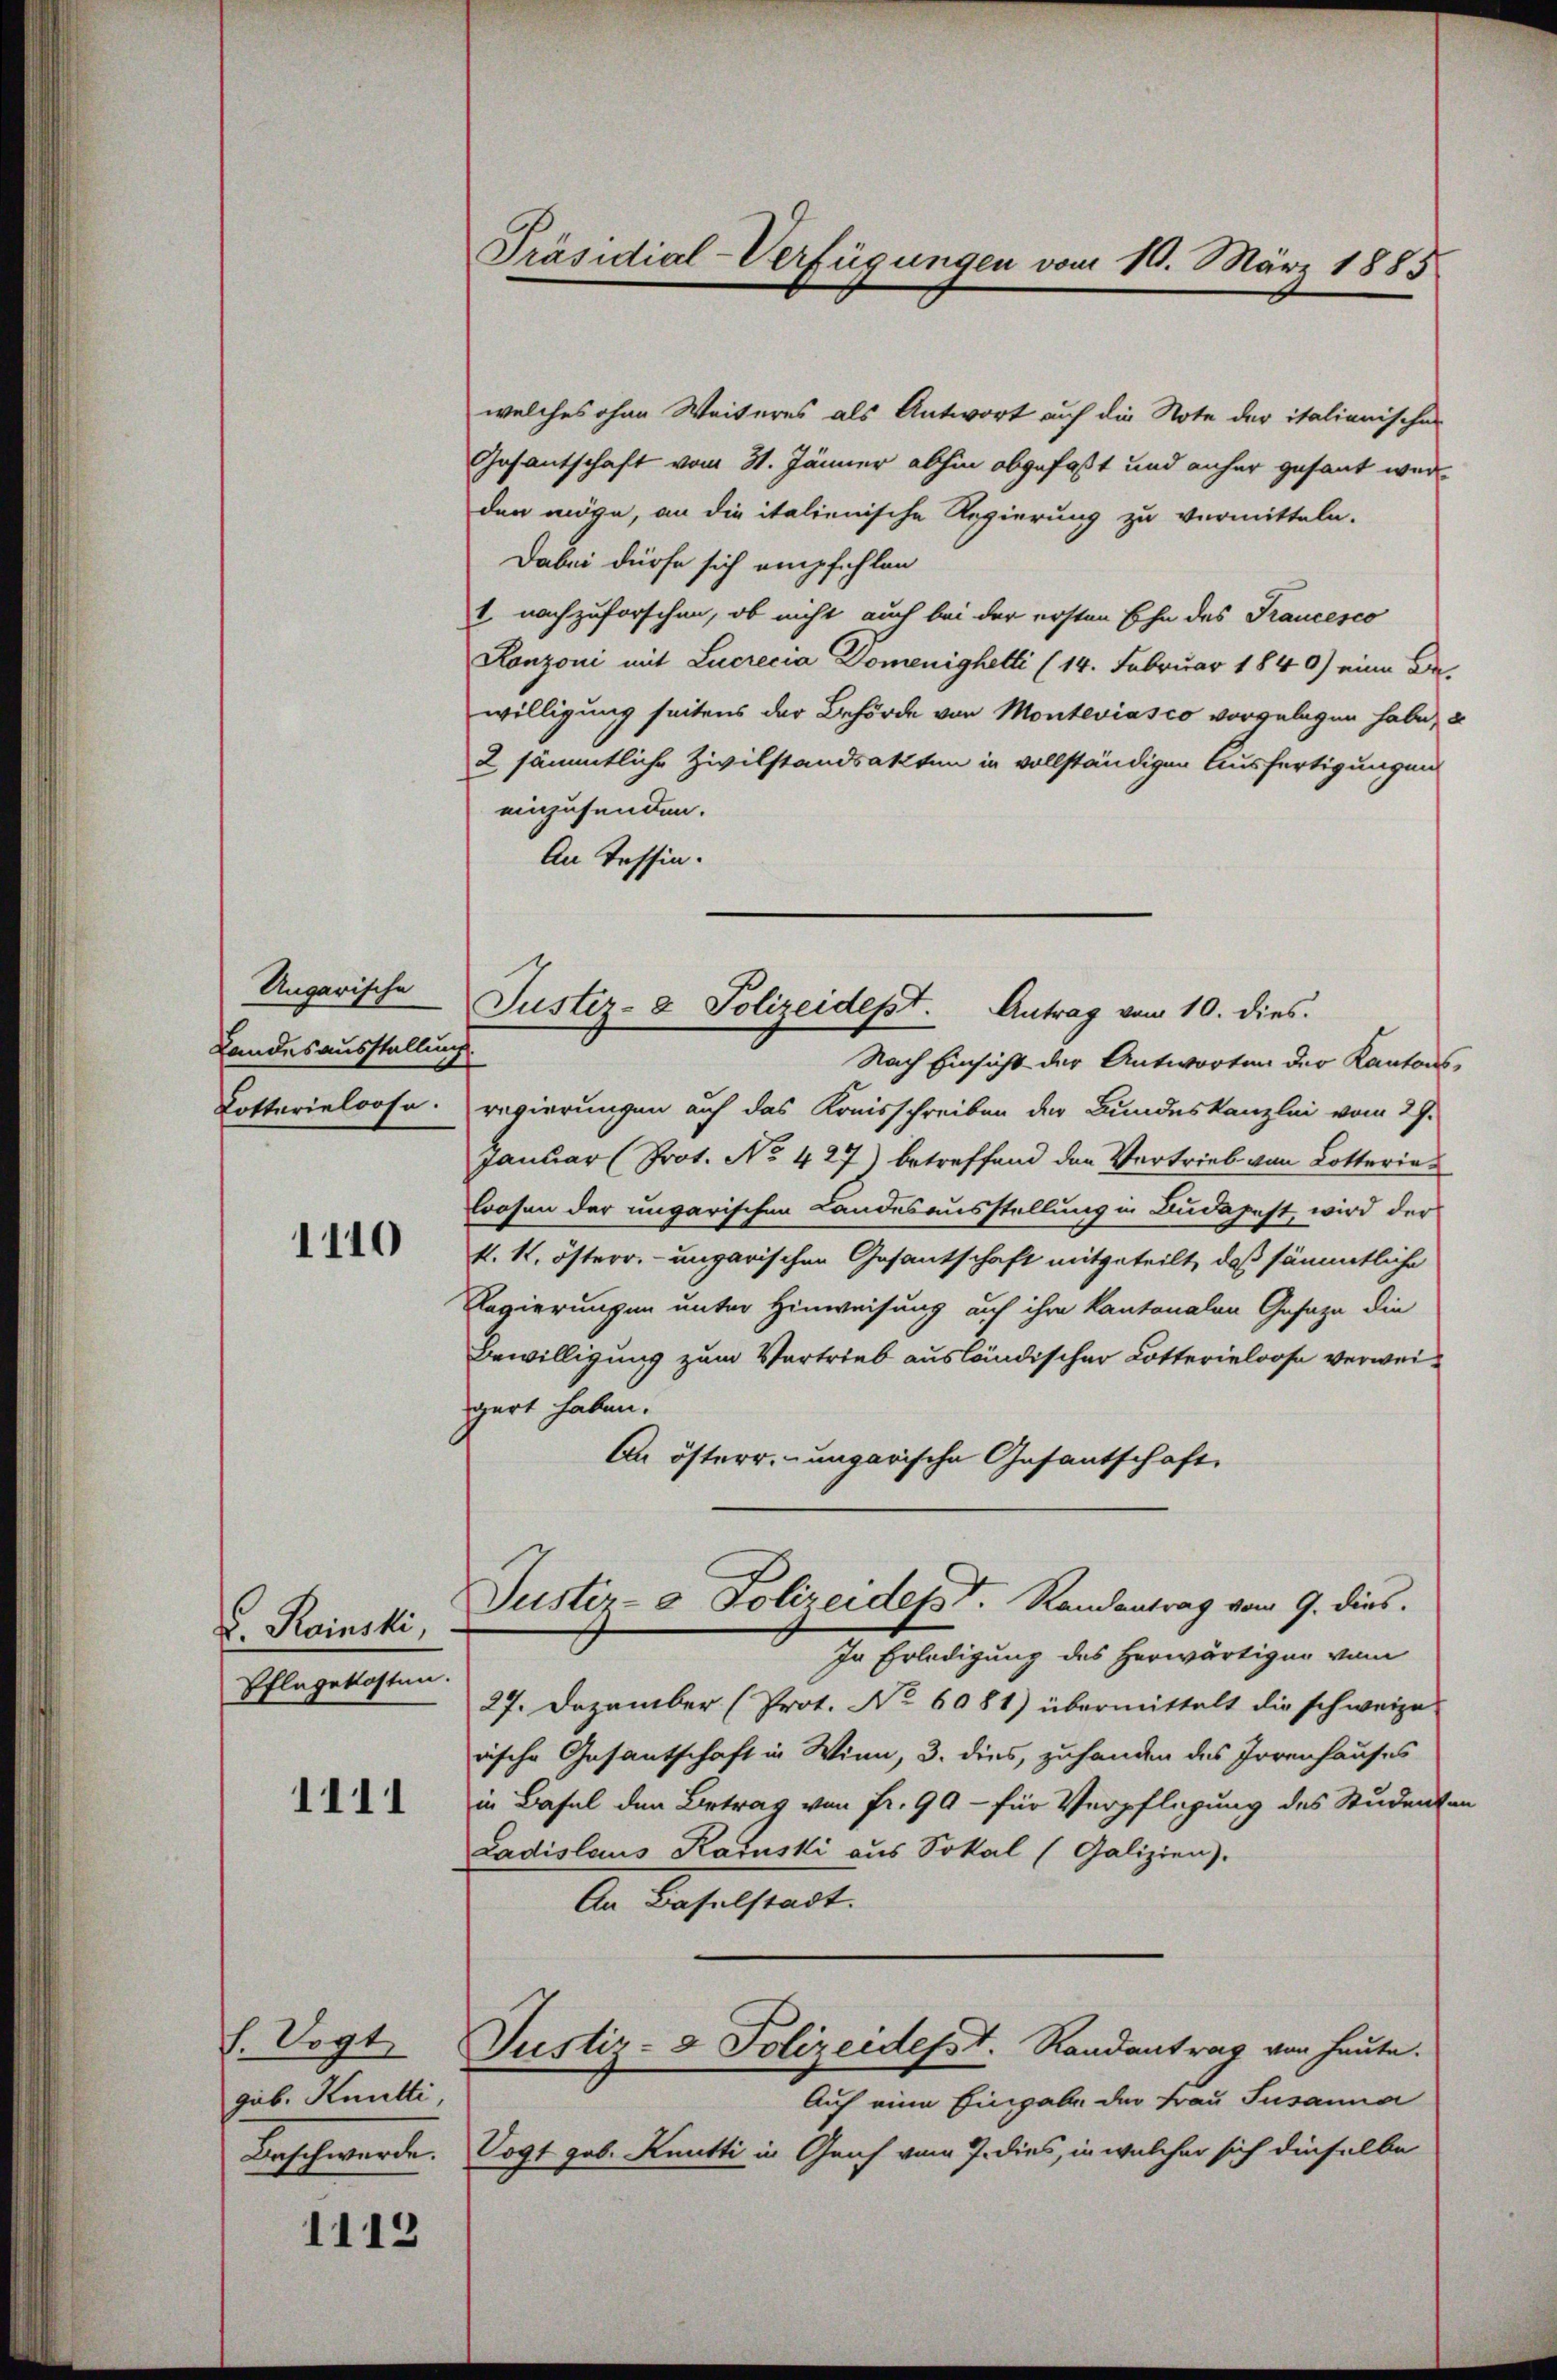
Ungarische
Landesausstellung
Lotterieloose.

1110

v. Rainski,
Ehlegekosten.

1111

h. Vogt
gub. Knutti,

1112

Präsidial-Verfügungen vom 10. März 1885

Justiz- & Polizeidept. Antrag vom 10. dies

welches ohne Weiteres als Antwort auf die Note der italianischen
Gesantschaft vom 31. Jänner abhin abgefaßt und anher gesant werden möge, an die italienische Regierung zu vermitteln.
Dabei dürfe sich empfehlen
1. nachzuforschen, ob nicht auch bei der ersten Ehe des Francesco
Ronzoni mit Lucrecia Domenighetti (14. Februar 1840) eine Bewilligung seitens der Behörde von Monteviasco vorgelegen habe, u
2 sämmtliche Zivilstandsakten in vollständigen Ausfertigungen
einzusenden.
An Tessin.
Nach Einsicht der Antworten der Kantonsregierungen auf das Kreisschreiben der Bundeskanzlei vom 29.
Januar (Prot. No 427) betreffend der Vertrieb von Lotteria
lrosen der ungarischen Landesausstellung in Budapest, wird der
k. k. österr. ungarischen Gesantschaft mitgeteilt, daß sämmtliche
Regierungen unter Hinweisung auf ihre Kantonalen Gesage die
Bewilligung zum Vertrieb ausländischer Lotterieloose verweigert haben.
An österr.-ungarische Gesantschaft
Justiz- & Polizeidept. Randantrag vom 9. dies
In Erledigung des herwärtigen vom
27. Dezember (Prot. No 6081) übermittelt die schweize
rische Gesantschaft in Winn, 3. dies, zuhanden des Irrenhauses
in Basel den Betrag von Fr. 99 - für Verpflegung des Studenten
Ladislaus Karuski aus Sokal (Galizien).
An Baselstadt.
Justiz- & Polizeidesst. Randantrag von heute.
Auf eine Eingabe der Frau Susanna
Beschwerde. Vogt geb. Knutti in Grich vom 7. dies, in welcher sich dieselbe